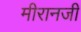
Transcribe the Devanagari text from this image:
मीरानजी